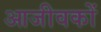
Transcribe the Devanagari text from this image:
आजीवकों